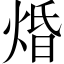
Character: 焝